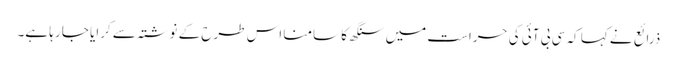
ذرائع نے کہا کہ سی بی آئی کی حراست میں سنگھ کا سامنا اس طرح کے نوشتہ سے کرایا جا رہا ہے۔